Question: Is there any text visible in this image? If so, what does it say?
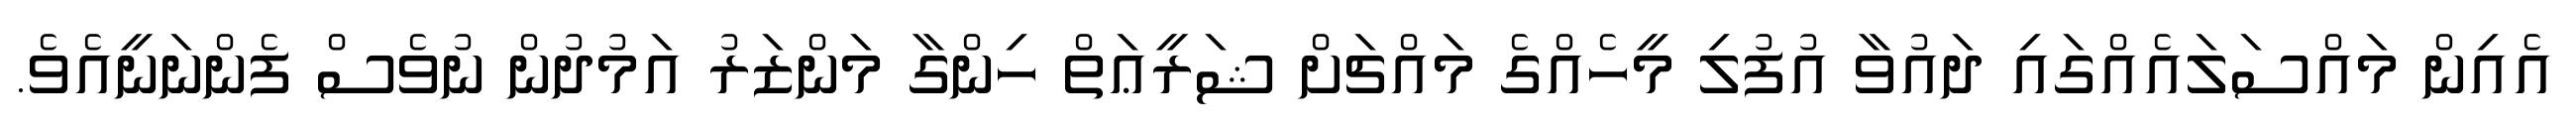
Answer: އެއިން މައްސަލައެއްގައި ދައުވާ އުފުލި މީހެއްގެ މައްޗަށް ޝަރީޢަތް ހިންގާ މަންޒަރު އަމުދުން ނުވެސް ފެންނަނީއެވެ.